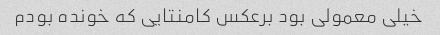
خیلی معمولی بود برعکس کامنتایی که خونده بودم